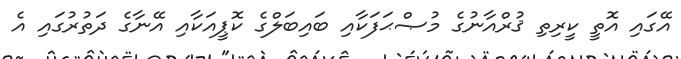
އޭގައި އޮތީ ކީރިތި ޤުރްއާނުގެ މުޞްޙަފަކާއި ބައިބަލްގެ ކޮޕީއަކާއި އޭނާގެ ދަތުރުގައި އެ